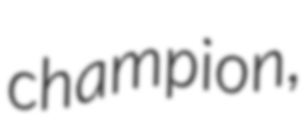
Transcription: champion,